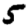
Digit: 5